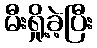
မီးရှို့ခဲ့ပြီး